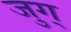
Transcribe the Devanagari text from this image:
जुग्